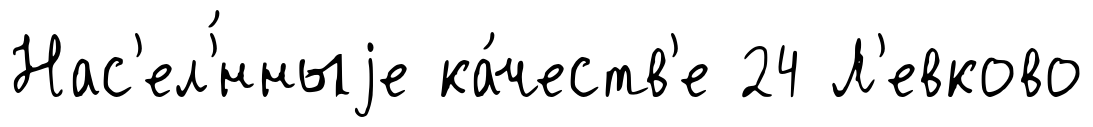
Нас'ел'́нныjе ка́честв'е 24 Л'евково